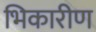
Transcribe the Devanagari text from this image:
भिकारीण